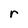
Character: r